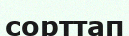
сорттап